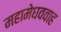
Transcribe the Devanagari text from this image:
महामेघववाह